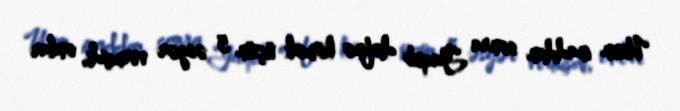
Uzun inaddan sonra Yaqub dəfnə kömək üçün 5 əsgər vermişdi, onlar